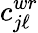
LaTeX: c_{j\ell}^{wr}